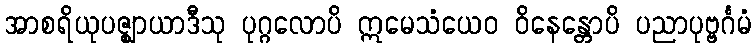
အာစရိယုပဇ္ဈာယာဒီသု ပုဂ္ဂလောပိ ဣမေသံယေဝ ဝိနေန္တောပိ ပညာပုဗ္ဗင်္ဂမံ